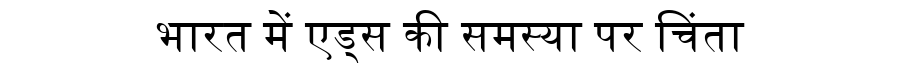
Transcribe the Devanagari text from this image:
भारत में एड्स की समस्या पर चिंता